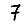
Digit: 7